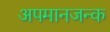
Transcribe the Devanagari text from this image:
अपमानजन्क